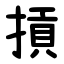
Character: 摃